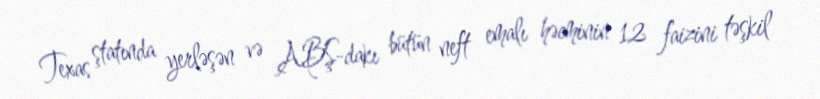
Texas ştatında yerləşən və ABŞ-dakı bütün neft emalı həcminin 12 faizini təşkil